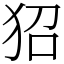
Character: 㹦